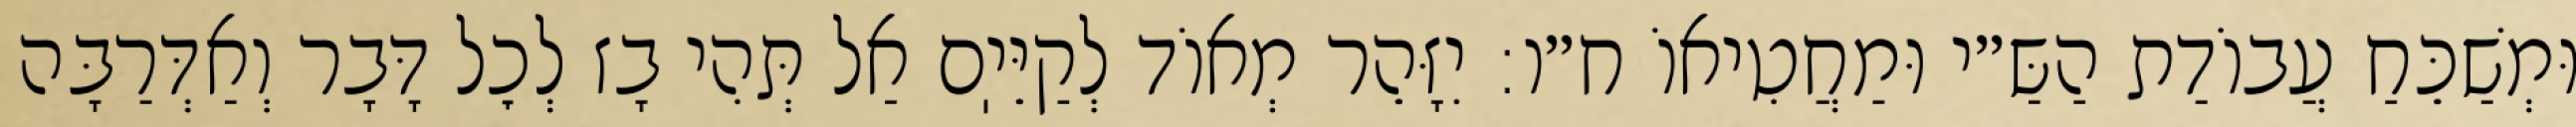
וּמְשַׁכֵּחַ עֲבוֹדַת הַשַּ״י וּמַחֲטִיאוֹ ח״ו: יִזָּהֵר מְאוֹד לְקַיֵּיֽם אַל תְּהִי בָז לְכׇל דָּבָר וְאַדְּרַבָּה